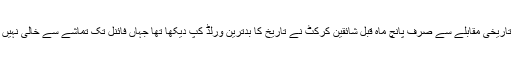
اس تاریخی مقابلے سے صرف پانچ ماہ قبل شائقین کرکٹ نے تاریخ کا بدترین ورلڈ کپ دیکھا تھا جہاں فائنل تک تماشے سے خالی نہیں تھا۔